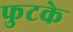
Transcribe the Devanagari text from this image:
फुटके